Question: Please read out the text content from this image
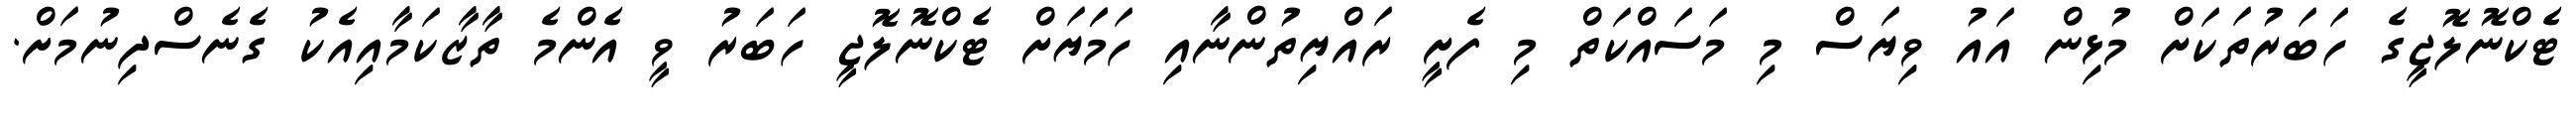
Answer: ޓެކްނޮލޮޖީގެ ހަބަރުތަކަށް މުޅިން އައު ވިޔަސް މި މަސައްކަތް މި ފެށީ ރައްޔިތުންނާއި ހަމަަޔަށް ޓެކްނޮލޮޖީ ހަބަރު ވީ އެންމެ ތާޒާކަމާއިއެކު ގެނެސްދިނުމަށް.